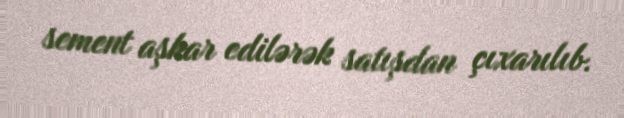
sement aşkar edilərək satışdan çıxarılıb.